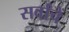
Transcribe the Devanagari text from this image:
सर्वांचें